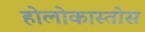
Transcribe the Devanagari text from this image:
होलोकास्तोस